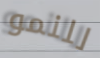
للنمو